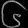
Digit: ၆